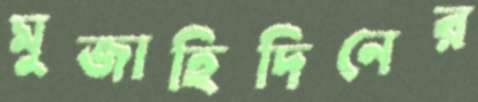
মুজাহিদিনের